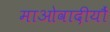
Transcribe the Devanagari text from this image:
माओवादीयौं